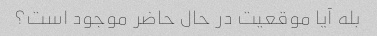
بله آیا موقعیت در حال حاضر موجود است؟